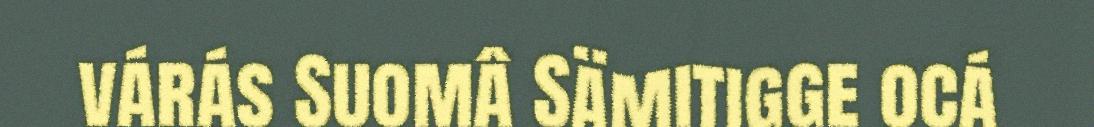
várás Suomâ Sämitigge ocá